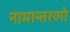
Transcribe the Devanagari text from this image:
नामान्तरणो